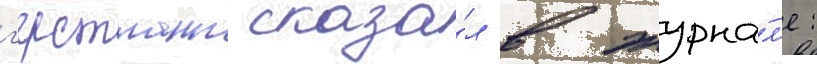
г'ерстманн сказа́л в журна́л'е: